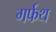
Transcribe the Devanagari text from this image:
गर्फथ